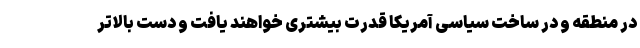
در منطقه و در ساخت سیاسی آمریکا قدرت بیشتری خواهند یافت و دست بالاتر